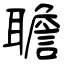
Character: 聸